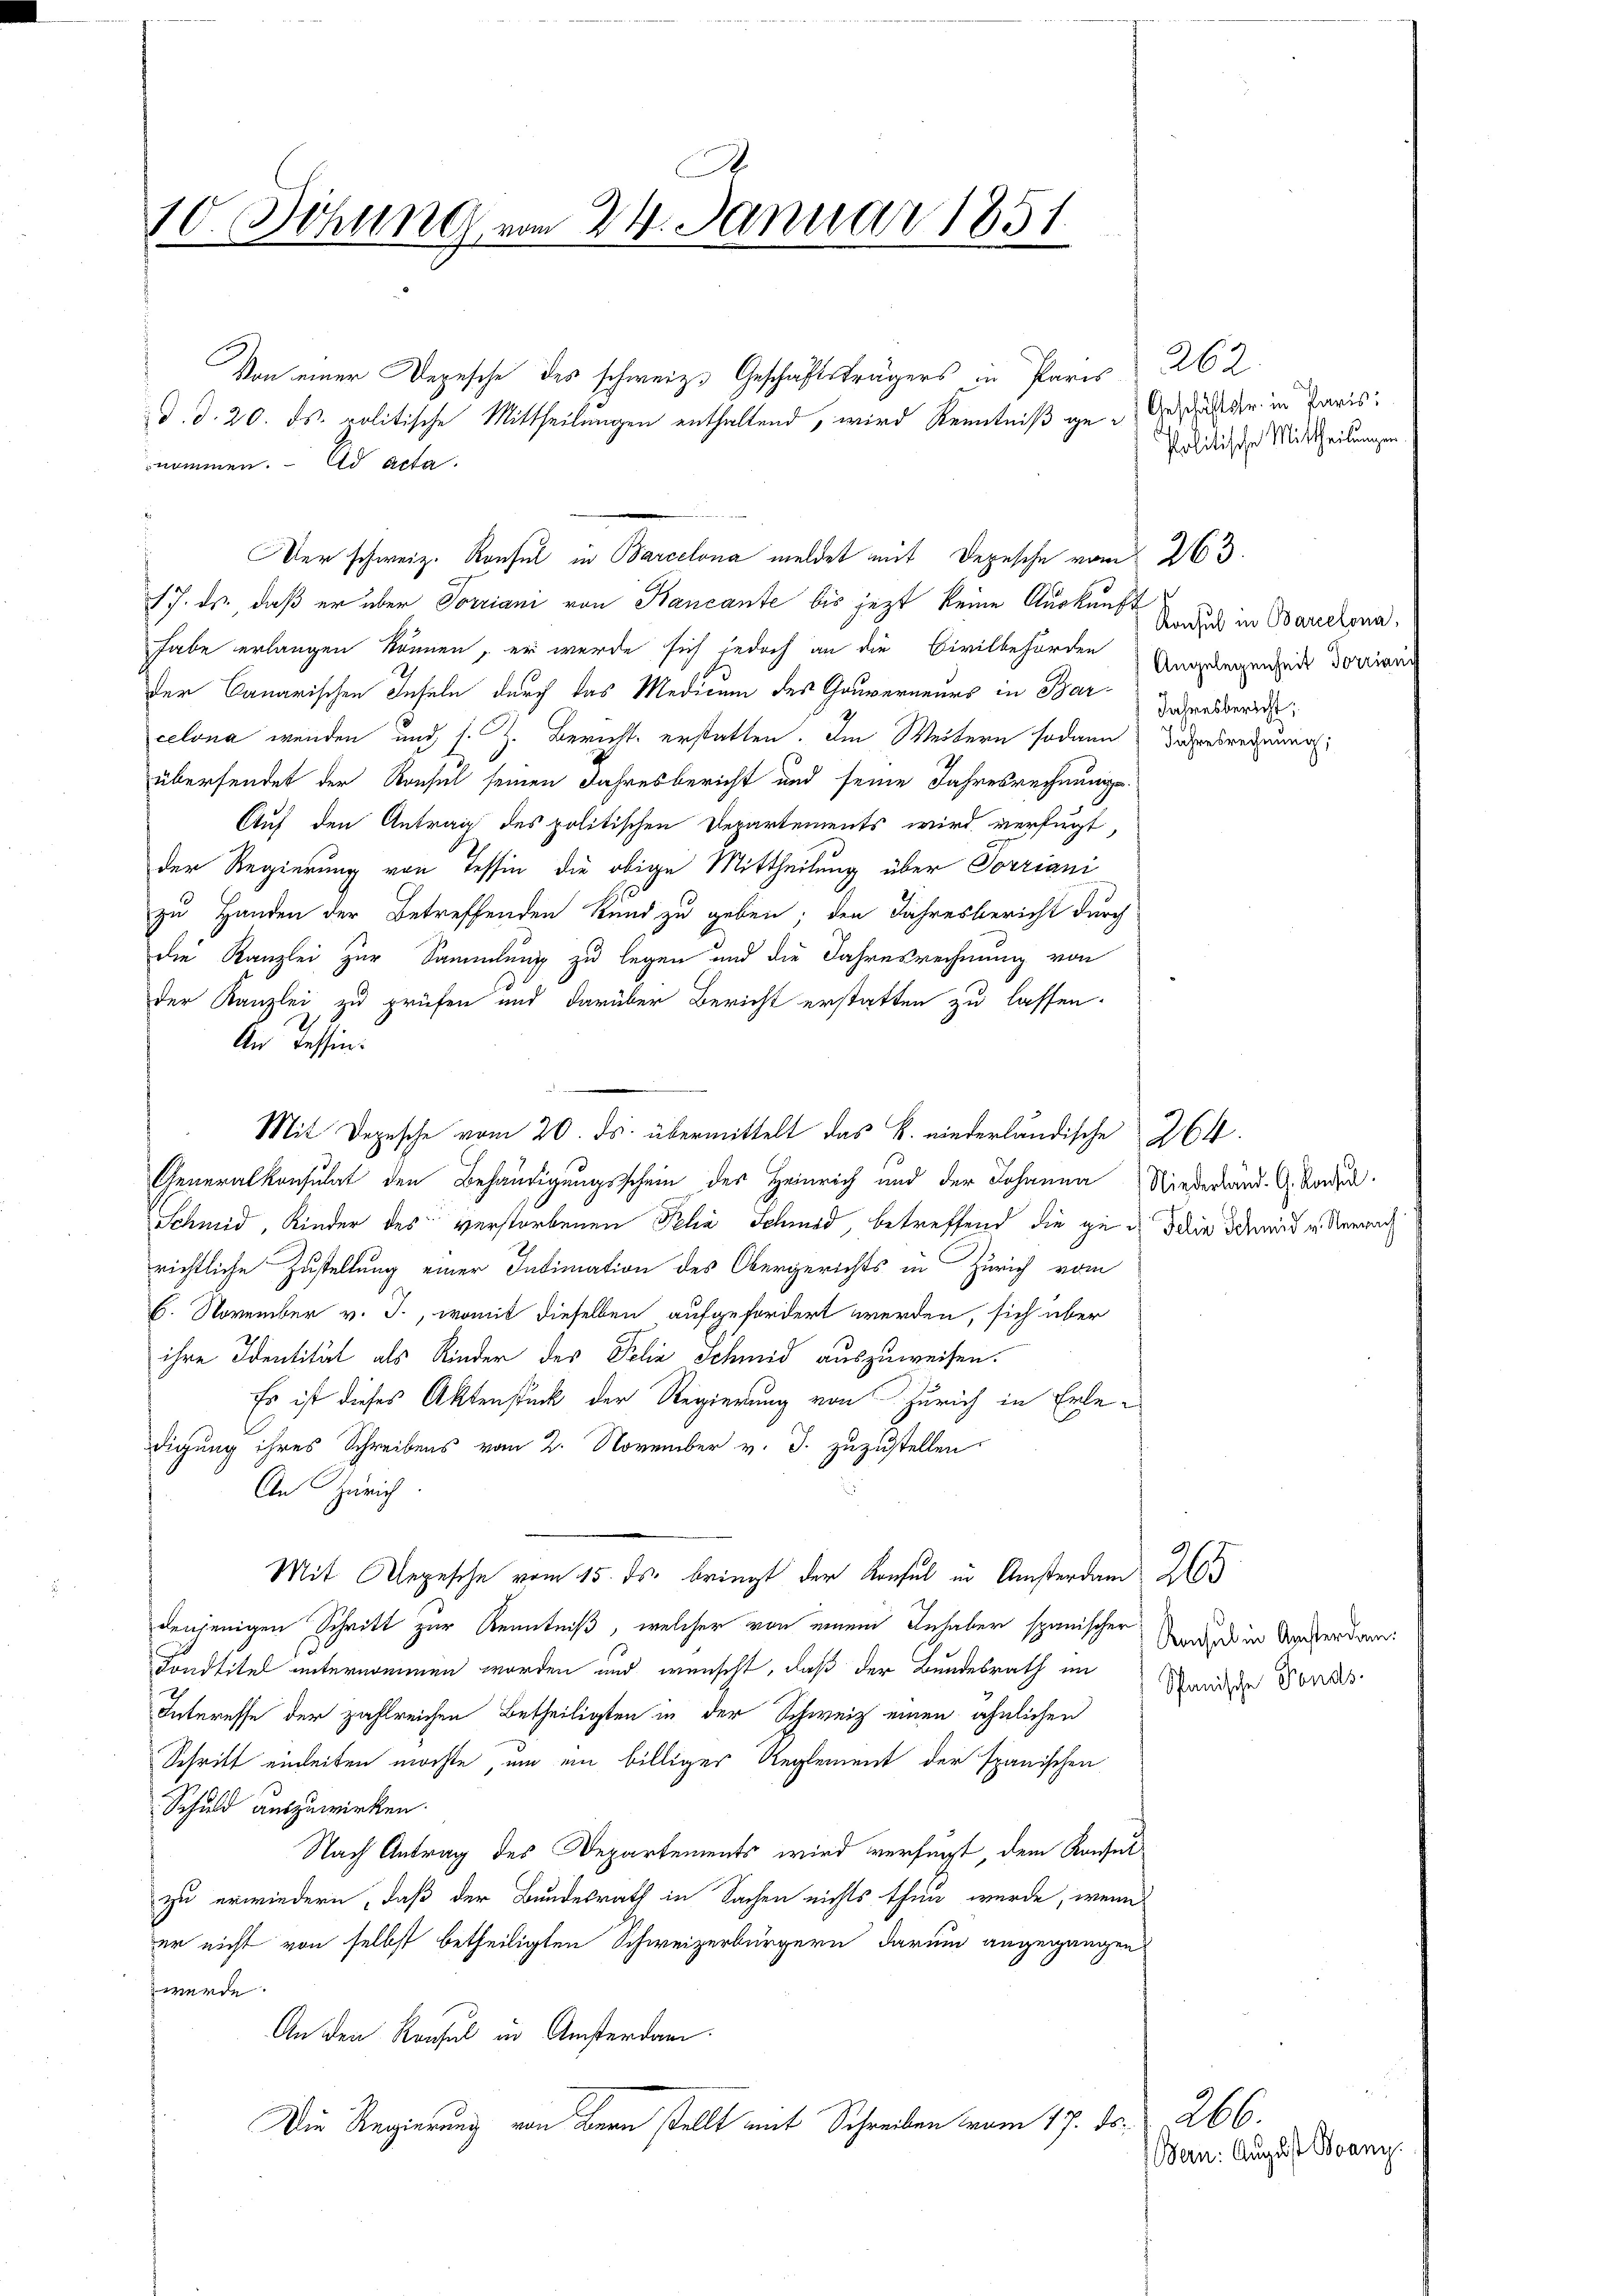
.
10. Dehung vom 24. Januar 1851

Von einer Depesche des schweiz. Geschäftsträgers in Paris 262
d. d. 20. ds. politische Mittheilungen enthaltend, wird Kenntniß ge- Geschäften in Paris
Der schweiz. Konsul in Barcelona meldet mit Depesche vom 263.
17. ds., daß er über Vorriani von Kancante bis jezt keine Auskunft
habe erlangen können, er wurde sich jedoch an die Civilbehörden Angelegenheit dorian
der Canarischen Inseln durch das Medicum des Gouverneurs in Barometeri
celona wenden und s. Z. Bericht erstatten. Im Weitern sodann
übersendet der Konsul seinen Jahresbericht und seine Jahresrechnunge
Auf den Antrag des politischen Departements wird verfügt
der Regierung von Tessin, die obige Mittheilung über Sorriani
zu Handen der Betreffenden Kund zu geben; den Jahresbericht durch
die Kanzlei zur Sammlung zu legen und die Jahresrechnung von
der Kanzlei zu prüfen und darüber Bericht erstatten zu lassen.
An Tessin.
Mit Depesche vom 20. ds. übermittelt das k. niederländische 264.
Generalkonsulat den Behändigungsschein des Heinrich und der Johanne Niederland. G. Boden
Schmid, Kinder des verstorbenen Pelia Schmid, betreffend die gei die damit u. Neerach
richtliche Zustellung einer Intimation des Obergerichts in Zürich vom
6. November v. J., womit dieselben aufgefordert werden, sich über
ihre Identität als Rinder der Polie Schmid auszuweisen.
Es ist dieses Aktenstück der Regierung von Zürich in Erledigung ihres Schreibens vom 2. November v. J. zuzustellen
An Zürich
Mit Depesche vom 15. ds. bringt der Konsul in Amsterdan 20
denjenigen Schritt zur Kenntniß, welcher von einem Inhaber spanischer aus in Angerdam
Fondtitel unternommen worden und wünscht, daß der Bundesrath im
Interesse der zahlreichen Betheiligten in der Schweiz einen ähnlichen
Schritt einleiten möchte, um ein billiger Reglement der spanischen
Schuld auszuwirken.
Nach Antrag des Departements wird verfügt, dem Konsulzu erwiedern, daß der Bundesrath in Sachen nichts thun wurde, wenn
er nicht von selbst betheiligten Schweizerbürgern darum angegangen,
werde.
An den Reisel in Amsterdam.
Die Regierung von Bern stellt mit Schreiben vom 17. ds.

nommen. ad acta.

Politische Mittheilungen

Konsul in Barcelona,
Jahresrechnung;

Spanische Fonds.

206.
Bern: August Boany.